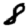
Digit: 8